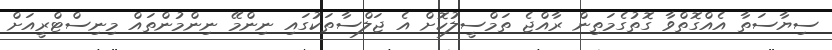
ސިޔާސަތާ އެއްގޮތްވާ ގޮތުގެމަތިން ރާއްޖެ ތަމްސީލުކޮށް އެ ޖަލްސާތަކުގައި ނިންމޭ ނިންމުންތައް މިނިސްޓްރީއަށް